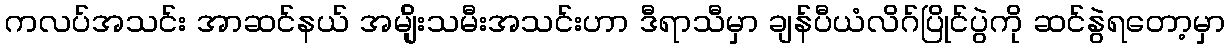
ကလပ်အသင်း အာဆင်နယ် အမျ်ိုးသမီးအသင်းဟာ ဒီရာသီမှာ ချန်ပီယံလိဂ်ပြိုင်ပွဲကို ဆင်နွဲရတော့မှာ